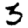
Digit: 3